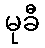
မုခီ